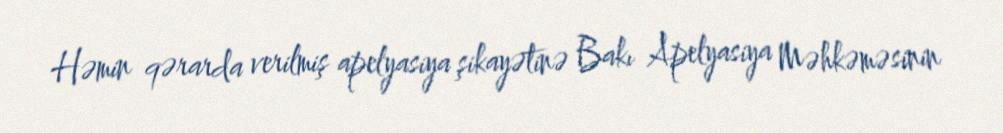
Həmin qərarda verilmiş apelyasiya şikayətinə Bakı Apelyasiya Məhkəməsinin